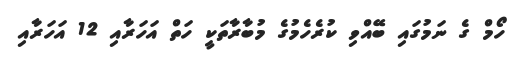
ހޯމް ގެ ނަމުގައި ބޭއްވި ކުރެހެމުގެ މުބާރާތަކީ ހަތް އަހަރާއި 12 އަހަރާއި